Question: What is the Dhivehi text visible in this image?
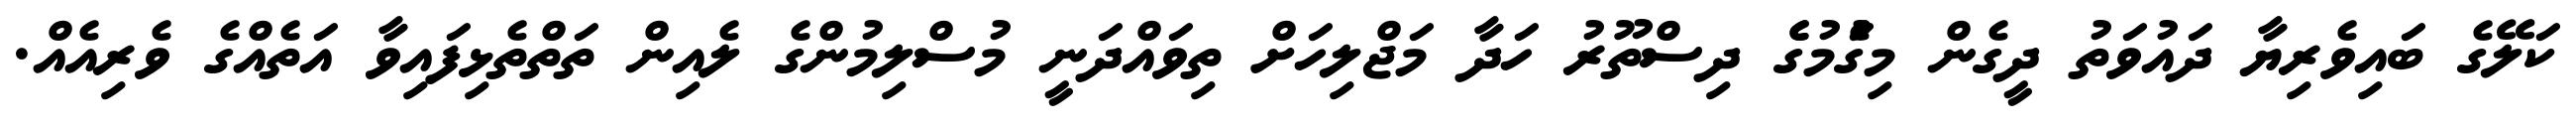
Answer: ކަލޭގެ ބައިވެރިޔާ ދައުވަތު ދީގެން މިގަެުމުގެެ ދިސްތޫރު ހަދާ މަޖްލިހަށް ތިވައްދަނީ މުސްލިމުންގެ ލެއިން ތަތްތެޅިފައިވާ އަތެއްގެ ވެރިއެއް.